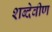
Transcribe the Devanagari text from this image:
शब्देवीण